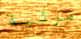
مرئية